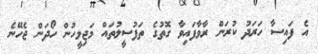
އެ ފައިސާ ހަރަދު ކުރަން ރާވާފައިވާ ގޮތުގެ ތަފުސީލުތައް މަޖިލީހުން ހޯދަން ޖެހޭނެ